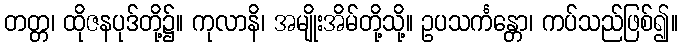
တတ္တ၊ ထိုဇနပုဒ်တို့၌။ ကုလာနိ၊ အမျိုးအိမ်တို့သို့။ ဥပသင်္ကန္တော၊ ကပ်သည်ဖြစ်၍။